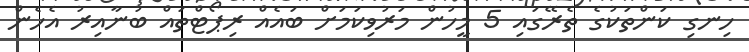
ހިނގި ކަންތަކުގެ ތެރޭގައި 5 މީހުން މަރުވިކަމަށް ބައެއް ރިޕޯޓްތައް ބުނާއިރު އެހެން